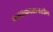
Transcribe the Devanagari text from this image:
कझाकस्तानतील